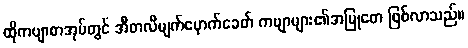
ထိုကဗျာစာအုပ်တွင် အီတလီမျက်မှောက်ခေတ် ကဗျာများ၏အမြုတေ ဖြစ်လာသည်။